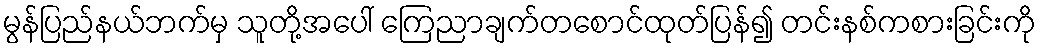
မွန်ပြည်နယ်ဘက်မှ သူတို့အပေါ် ကြေညာချက်တစောင်ထုတ်ပြန်၍ တင်းနစ်ကစားခြင်းကို